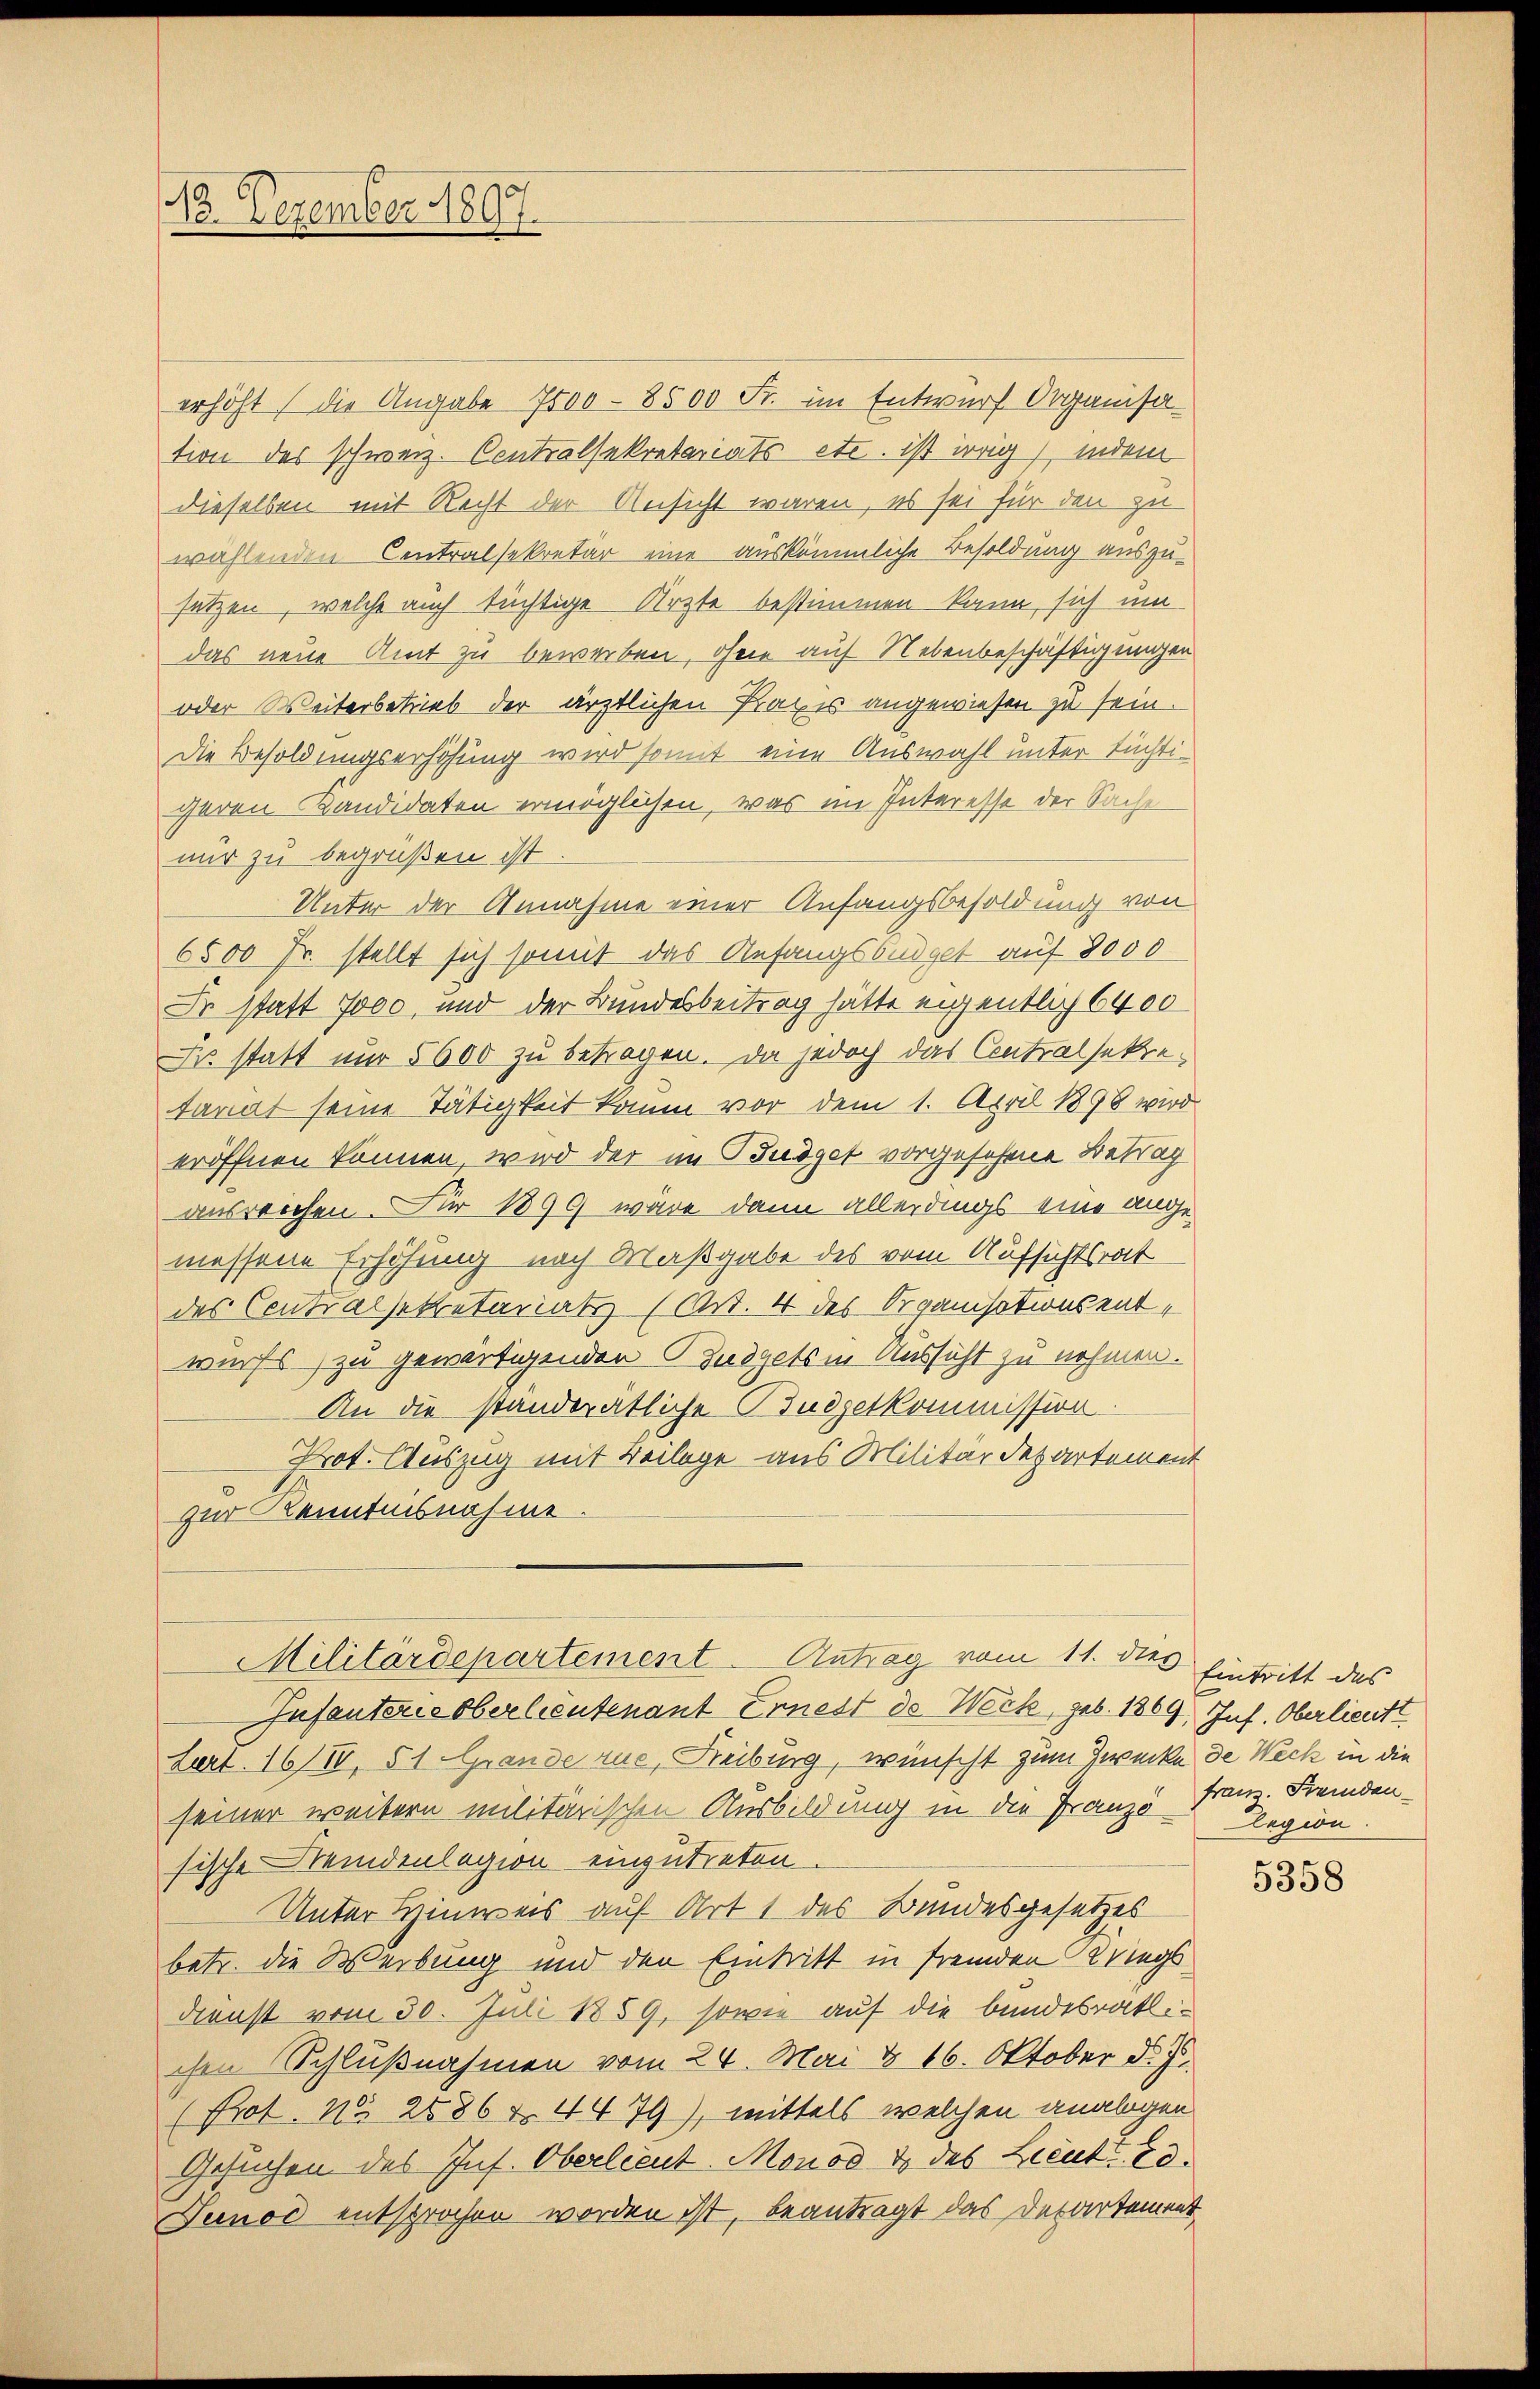
12
12. Dezember 1897.

erhöht, die Angabe 7500 - 8500 Fr. im Entwurf Organisation des Schweiz. Contralsekretariats etc. ist irrig), indem
dieselben mit Recht der Ansicht waren, es sei für den zu
wählenden Centralsekretär eine auskämmliche Besoldung auszu-
sützen, welche auch tüchtige Ärzte bestimmen kann sich um
das neue Amt zu bewerben, ohne auf Nebenbeschäftigungen
oder Weiterbetrieb der ärztlichen Praxis angewiesen zu sein.
Die Besoldungserhöhung wird somit eine Auswahl unter tüchtigeren Kandidaten ermöglichen, was im Interesse der Sache
nur zu begrüßen ist.
Unter der Annahme einer Anfangsbesoldung von
6500 Fr. stellt sich somit das Anfangsbüdget auf 8000
Dr statt 7000, und der Bundesbeitrag hätte eigentlich 6400
Dr statt nur 5600 zu betragen. Da jedoch das Contralsekretariat seine Tätigkeit kaum vor dem 1. April 1898 wird
eröffnen können, wird der im Budget vorgesehene Betrag
ausreichen. Für 1899 wäre dann allerdings eine angemessene Erhöhung nach Maßgabe des vom Aufsichtsrat
des Centralsekretariats (Art. 4 des Organisationsentwurfs zu gewärtigenden Zudgets in Aussicht zu nehmen.
An die standerätliche Budgetkommission
Prot. Auszug mit Beilage aus Militärdepartement
zur Kenntnisnahme.

Militärdepartement - Antrag vom 11. des Eintritt des

Infanterie Oberlieutenant Ernest de Werk, geb. 1869. Inf. Oberlieutt
Lert. 161IV, 51 Grande rue, Reiburg, wünscht zum Zwecke de Weck in die
seiner weitern militärischen Ausbildung in die Franz Franz. Fremdensische Neidenlegion einzutreten.
Unter Hinweis auf Art 1 des Bundesgesetzes
betr. die Werbung und den Eintritt in fremden Kriegs
Dienst vom 30. Juli 1859, sowie auf die bundesrath
chen Schlußnahmen vom 24. Mai d. 16. Oktober d. Js.
(Prot. No. 2086 Z. 4479), mittels welchen analogen
Gesuchen des Inf. Oberlieut. Monod de des Lieut. Ed.
Junod entsprochen worden ist, beantragt das Departement

legion.

5358